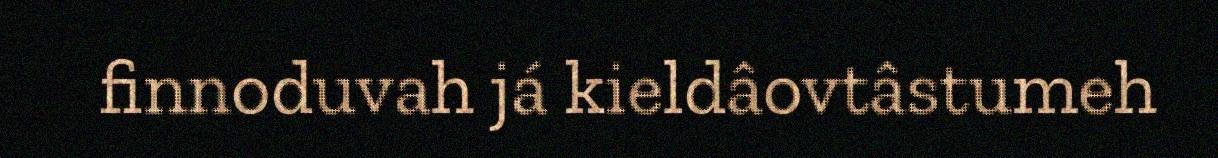
finnoduvah já kieldâovtâstumeh